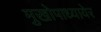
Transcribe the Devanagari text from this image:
मुखोपाध्यायेर